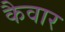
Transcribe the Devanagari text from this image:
कैवार